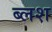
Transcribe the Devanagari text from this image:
ब्लश